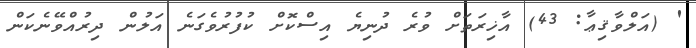
' (އަލްވާޤިޢާ: 43) އާޚިރަތަށް ވުރެ ދުނިޔެ އިސްކޮށް ކުފުރުވެގަނެ އަލުން ދިރުއްވޭނެކަން